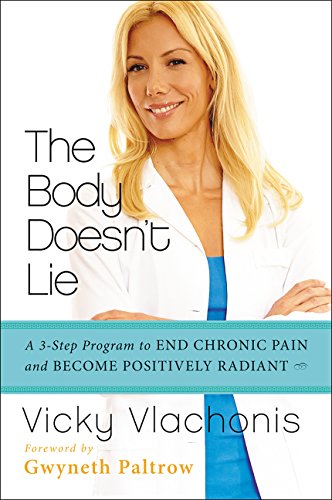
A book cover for The Body Doesn't Lie: A 3-Step Program to End Chronic Pain and Become Positively Radiant; Vicky Vlachonis; Health, Fitness & Dieting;